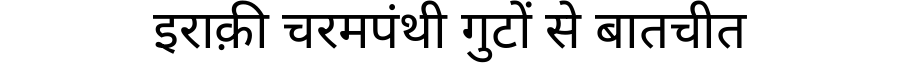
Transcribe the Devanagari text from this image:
इराक़ी चरमपंथी गुटों से बातचीत